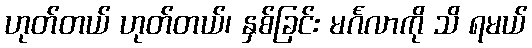
ဟုတ်တယ် ဟုတ်တယ်၊ နှစ်ခြင်း မင်္ဂလာကို သိ ရမယ်